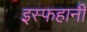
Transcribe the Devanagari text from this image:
इस्फहानी